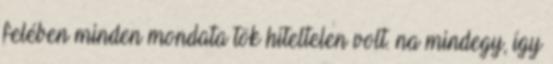
felében minden mondata tök hiteltelen volt. na mindegy, így